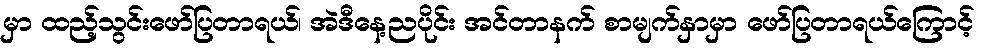
မှာ ထည့်သွင်းဖော်ပြတာရယ်၊ အဲဒီနေ့ညပိုင်း အင်တာနက် စာမျက်နှာမှာ ဖော်ပြတာရယ်ကြောင့်